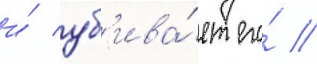
и́ уб'ива́ет его́ //